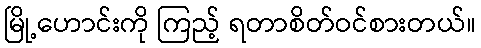
မြို့ဟောင်းကို ကြည့် ရတာစိတ်ဝင်စားတယ်။